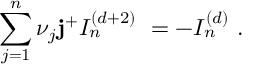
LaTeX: \sum _ { j = 1 } ^ { n } \nu _ { j } { \bf j ^ { + } } I _ { n } ^ { ( d + 2 ) } ~ = - I _ { n } ^ { ( d ) } ~ .